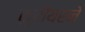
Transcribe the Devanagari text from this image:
कुरीयरने